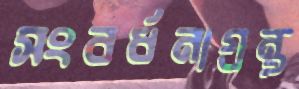
সংবর্ধনাগ্রন্থ